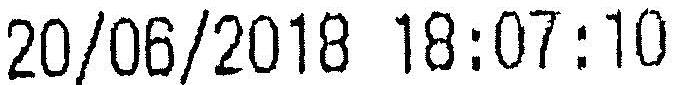
20/06/2018 18:07:10